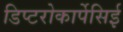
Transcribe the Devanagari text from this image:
डिप्टरोकार्पेसिई